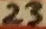
Text: 23